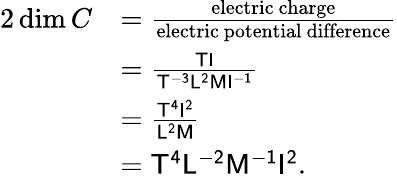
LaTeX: {\begin{array}{rl}{{2}\dim C}&{={\frac{\mathrm{electric~charge}}{\mathrm{electric~potential~difference}}}}\\ &{={\frac{{\mathsf{T}}{\mathsf{I}}}{{\mathsf{T^{-3}}}{\mathsf{L^{2}}}{\mathsf{M}}{\mathsf{I^{-1}}}}}}\\ &{={\frac{{\mathsf{T^{4}}}{\mathsf{I^{2}}}}{{\mathsf{L^{2}}}{\mathsf{M}}}}}\\ &{={\mathsf{T^{4}}}{\mathsf{L^{-2}}}{\mathsf{M^{-1}}}{\mathsf{I^{2}}}.}\end{array}}